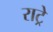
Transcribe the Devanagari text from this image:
राट्रे